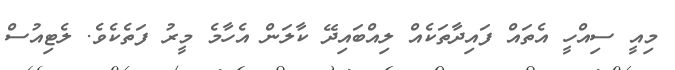
މިއީ ސިއްހީ އެތައް ފައިދާތަކެއް ލިއްބައިދޭ ކާލަން އެހާމެ މީރު ފަތެކެވެ. ލެޓިއުސް